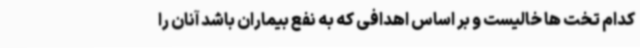
کدام تخت ها خالیست و بر اساس اهدافی که به نفع بیماران باشد آنان را